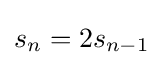
s_{n}=2s_{n-1}